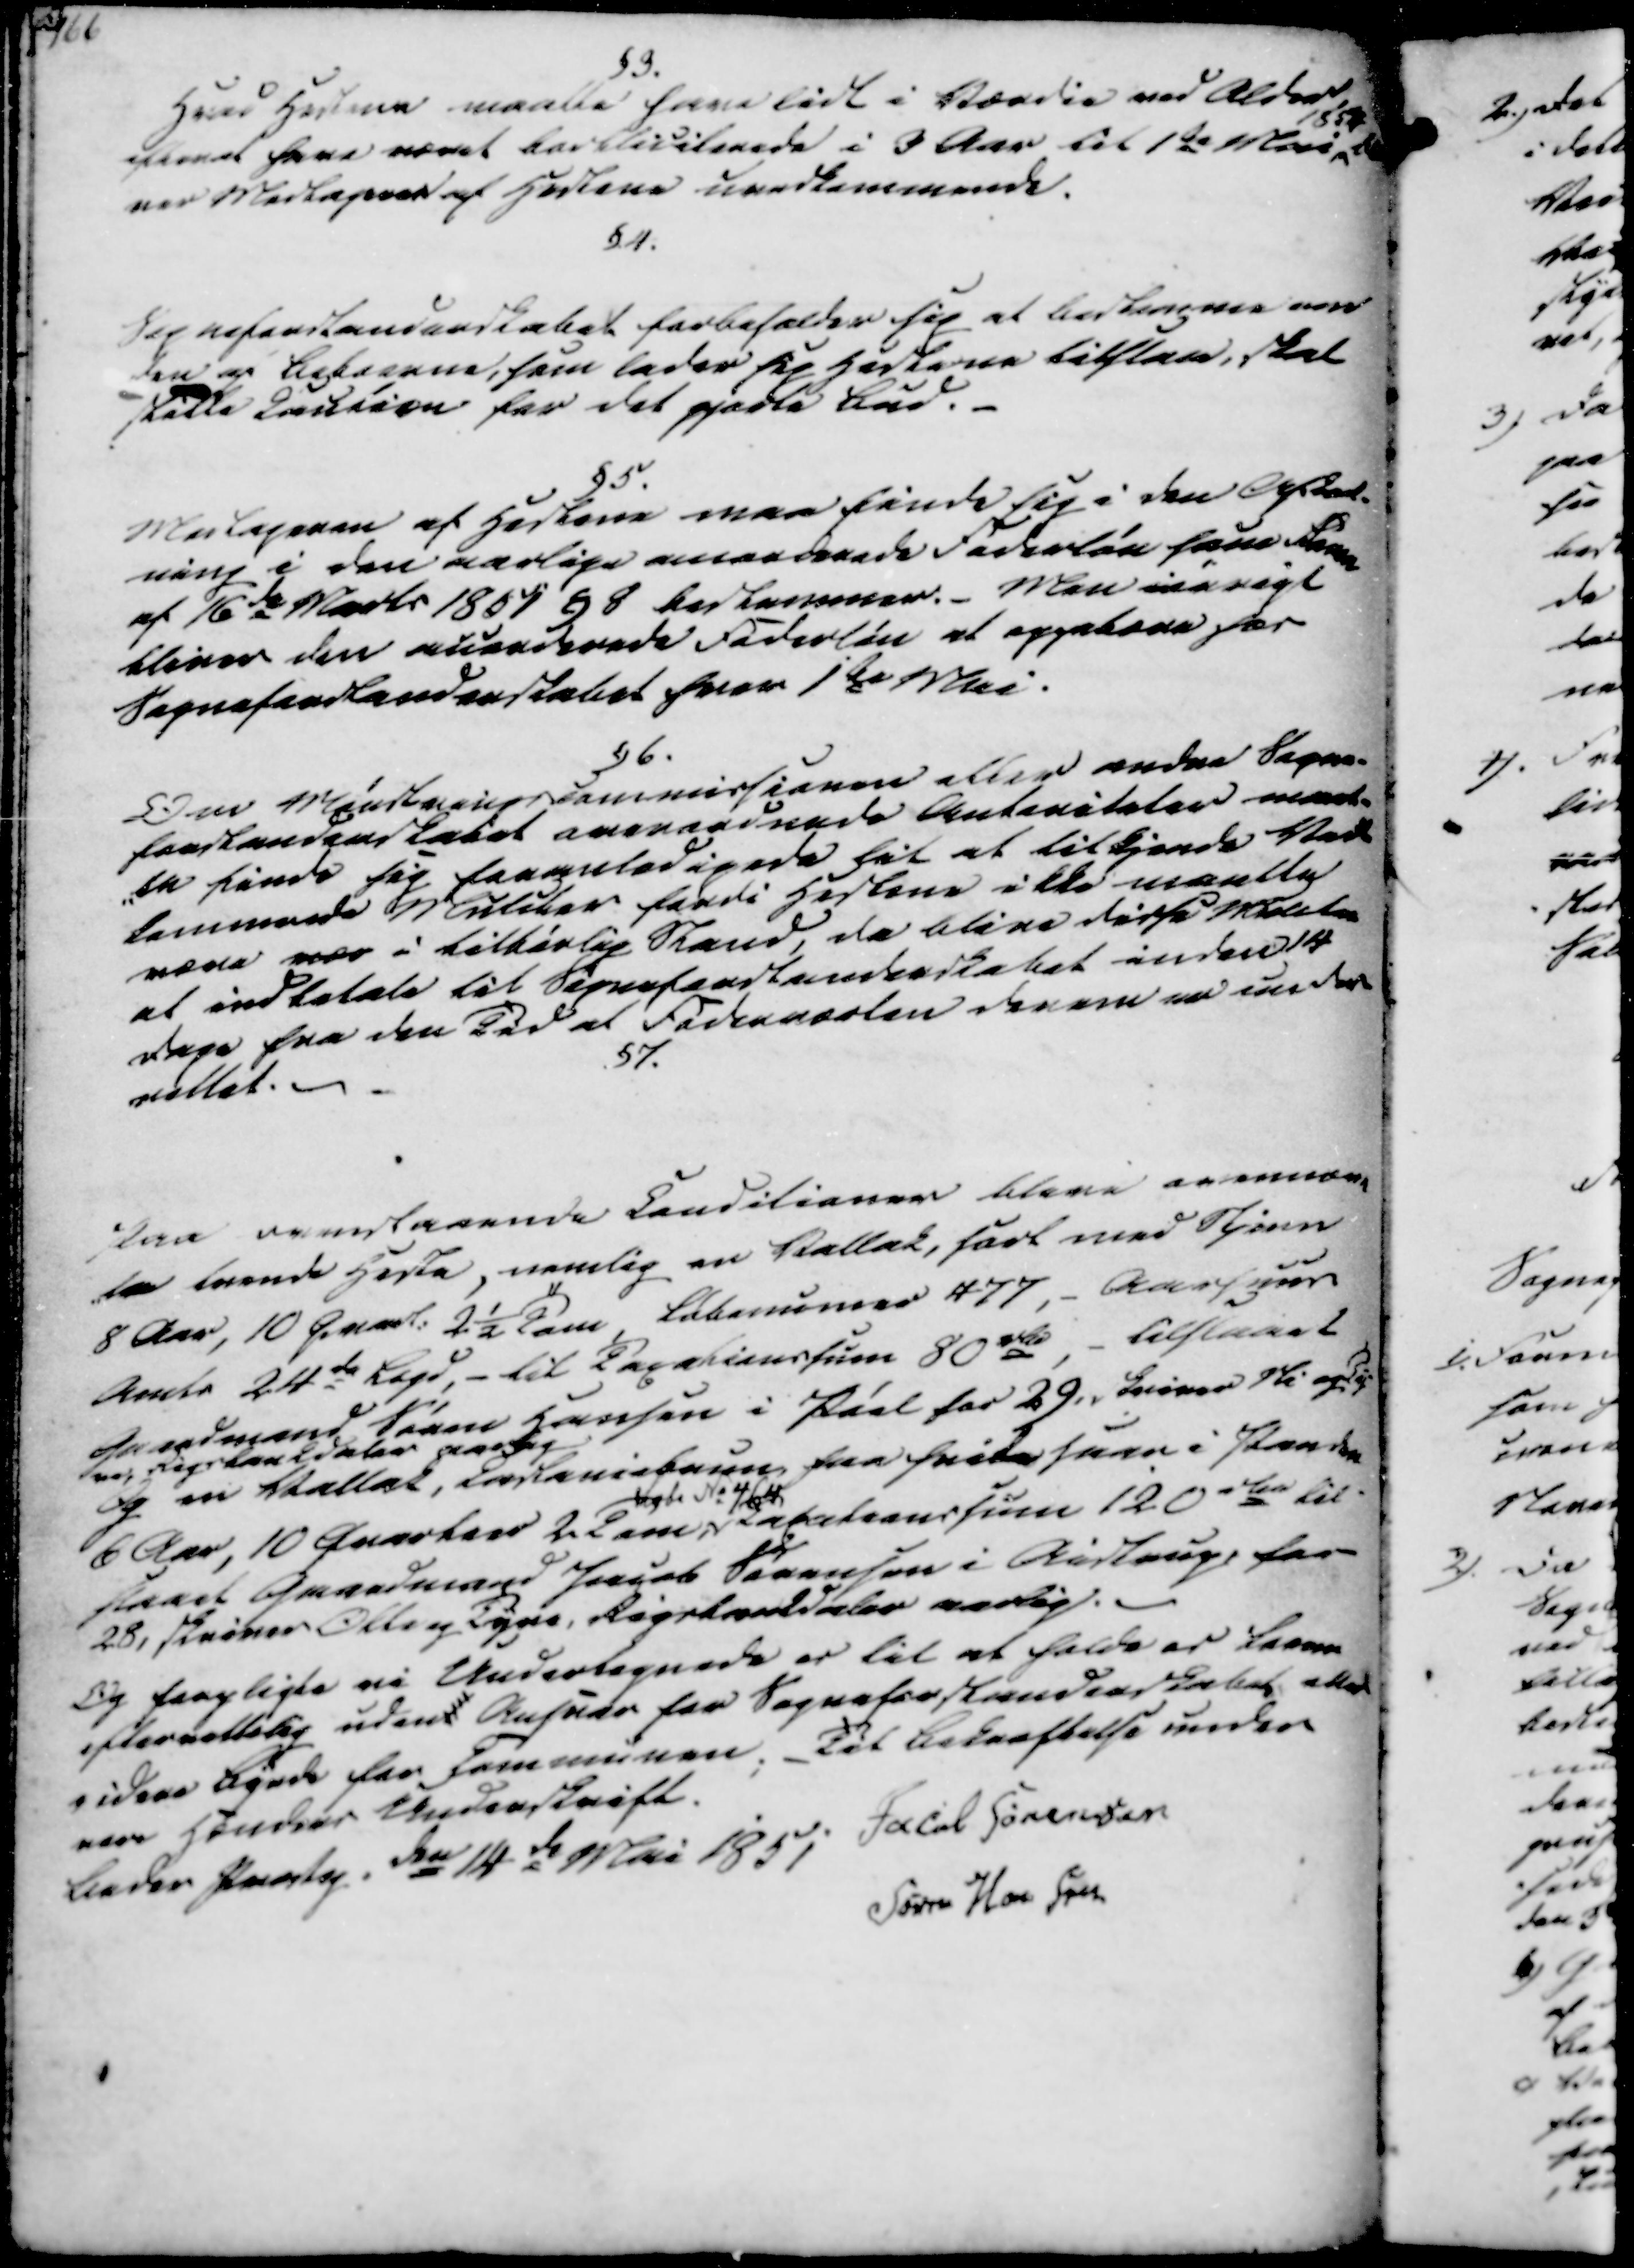
Transskription:
§3.
Hvad Hestene maatte have lidt i Værdie ved Alder,
efter at have været bortliciterede i 3 Aar til 1te Mai
1854
bli
ver Modtageren af Hestene uvedkommende.
§4.
Sogneforstanderskabet forbeholder sig at bestemme over
den af Beboerne, som lader sig Hestene tilstaae, skal
stille Caution for det gjorte Bud.
§5.
Modtageren af Hestene maa finde sig i den Anstad-
ning i den aarlige annorderede Foderløn som samme
af 16de Marts 1851 § 8 Bestemmer. Men iøvrigt
bliver den adcerderede Foderløn at oppebære for
Sogneforstanderskabet hver 1ste Mai.
§6.
Om Minstningscommissionen eller andre Sogne-
forstandenskabet overordnede Anteniteter maat-
te finde sig foranledigede til at tilkjende Ved-
kommende Muldler fordi Hestene ikke maatte
være vær i tilbørlig Stand, da blive disse Mudler
at indbetale til Sogneforstanderskabet inden 14
Dage fra den Tid at Foderværten derom er under-
rettet.
§7.

Paa overstaaende Conditioner bleve ovennævn
-te tvende Heste, nemlig en Vallak, ført med Stjørn
8 Aar, 10 Qvart. 2½ Tom, Løbenummer 477,- Aarhuus
Amts 24de Legd, - til Taxationssum 80 rd, - tilstaaet
Gaardmand Søren Hansen i Pøel for 29 skriver Ni og Ty
ve Rigsbankdaler aarlig
Og en Vallak, Castaniebrun fra hvide haar i Panden
6 Aar, 10 Qvarter 2 Tom
løbe No 464
Taxationssum 120 rda til-
staaet Gaardmand Jacob Sørensen i Aistrup, for
28, skriver Otte og Tyve, Rigsbankdaler aarlig.
Og forpligte vi Undertegnede er til at holde os Loven
efterrettelig udent Ansvar for Sogneforstanderskabet eller
videre Byrde for Communen. Til Bekræftelse under
vore Hænders Underskrift.
Beder Provsg. den 14de Mai 1851
Jacob Sørensen
Søren Hansen